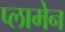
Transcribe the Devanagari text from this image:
प्लामेन